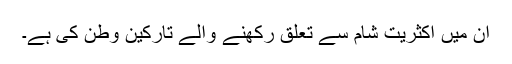
ان میں اکثریت شام سے تعلق رکھنے والے تارکینِ وطن کی ہے۔